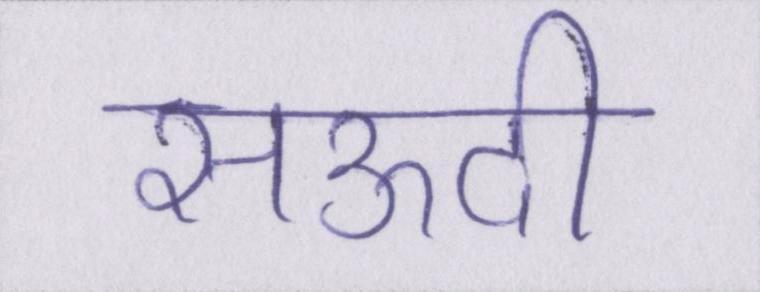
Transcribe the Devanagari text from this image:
सऊदी